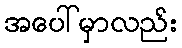
အပေါ်မှာလည်း